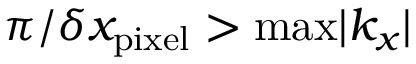
{ \pi } / { \delta x _ { \mathrm { p i x e l } } } > \mathrm { m a x } | k _ { x } |